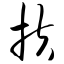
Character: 扶